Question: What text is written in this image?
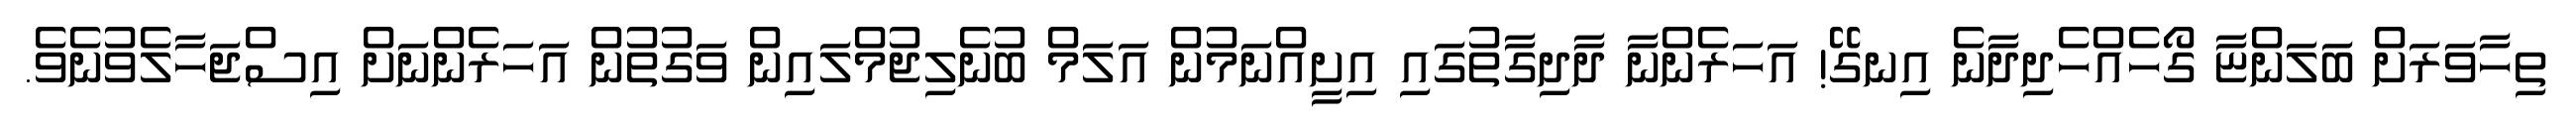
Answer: ތިހާވަރަށް ބަލަންޏާ ގޯހެއްހެދިދާނެ އިނގޭ! އަހަރެންނާ ދާދިގާތުގައި އިށީއްނަމުން އަލަމް ބުނެލިޖުމްލައިން ވަގުތުން އަހަރެންނަށް އިސްޖަހާލެވުނެވެ.